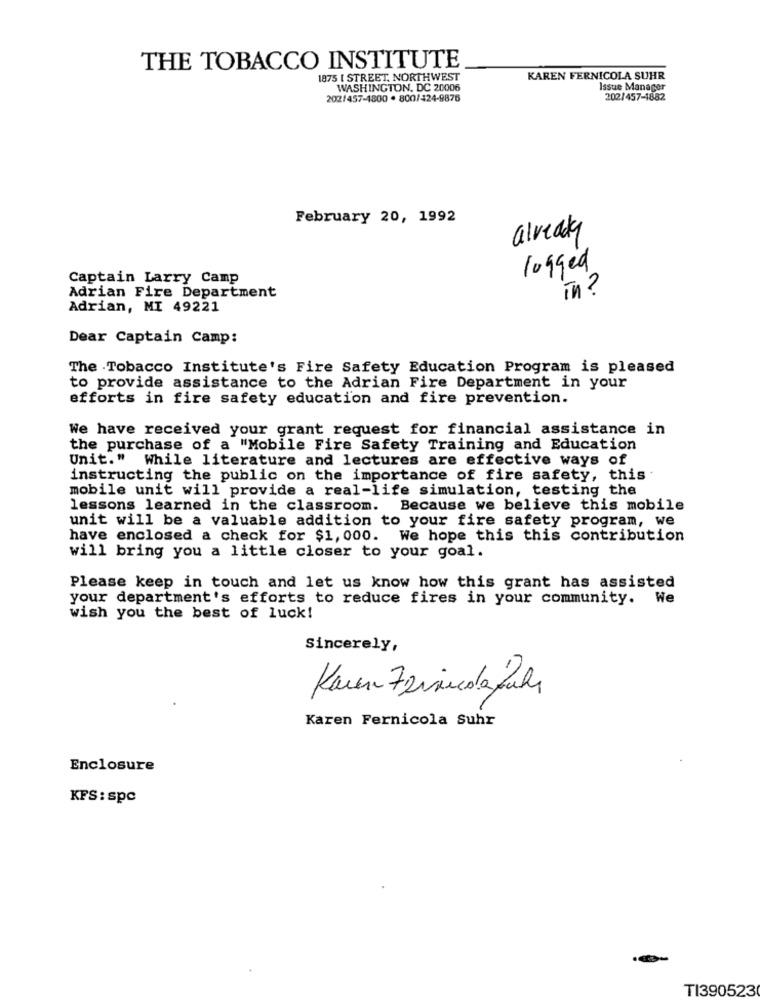
THE TOBACCO INSTITUTE
1875 [ STREET, NORTHWEST
KAREN FERNICOLA SUHR
WASHINGTON, DC 20006
Issue Manager
202/457-4800 · 800/424-9876
202/457-1882
February 20, 1992
already
logged
Captain Larry Camp
in?
Adrian Fire Department
Adrian, MI 49221
Dear Captain Camp:
The Tobacco Institute's Fire Safety Education Program is pleased
to provide assistance to the Adrian Fire Department in your
efforts in fire safety education and fire prevention.
We have received your grant request for financial assistance in
the purchase of a "Mobile Fire Safety Training and Education
Unit." While literature and lectures are effective ways of
instructing the public on the importance of fire safety, this
mobile unit will provide a real-life simulation, testing the
lessons learned in the classroom. Because we believe this mobile
unit will be a valuable addition to your fire safety program, we
have enclosed a check for $1, 000. We hope this this contribution
will bring you a little closer to your goal.
Please keep in touch and let us know how this grant has assisted
your department's efforts to reduce fires in your community. We
wish you the best of luck!
Sincerely,
Karen Zzinicolafull
Karen Fernicola Suhr
Enclosure
KFS : spc
TI390523